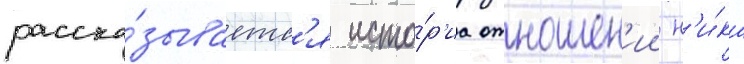
расска́зываетс'я исто́р'иа отношен'ии н'и́ка